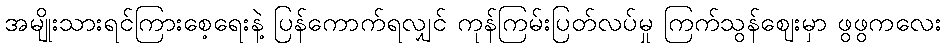
အမျိုးသားရင်ကြားစေ့ရေးနဲ့ ပြန်ကောက်ရလျှင် ကုန်ကြမ်းပြတ်လပ်မှု ကြက်သွန်ဈေးမှာ ဖွဖွကလေး